Report on malaria in the Punjab during the year ...  together with an account of the work of the Punjab Malaria Bureau - Volume 5
Disease focus: Malaria
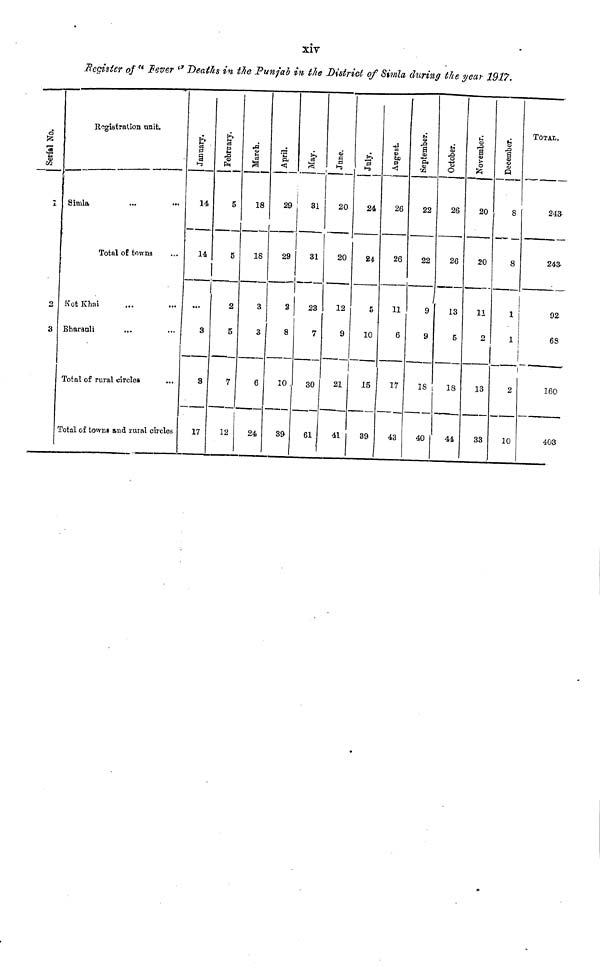
xiv
Register of " Fever " Deaths in the Punjab in the District of Simla during the year 1917.
Serial
No.
I
3.
2
S
Registration unit.
Simla
Total of towns
Kot Khai
...
Bharauli
Total of rural circles
Total of towns and rural circles
14
14
3
3
17
5
5
2
5
7
12
March.
18
18
3
3
6
24
April.
29
29
8
10
39
31
31
23
7
30
61
June.
20
20
12
9
21
41
July.
24
24
5
10
15
39
26
26
11
6
17
43
September.
22
22
9
9
18
40
October.
26
26
13
5
18
44
November.
20
20
11
2
13
33
December.
8
8
1
2
10
TOTAL.
243
243
92
68
160
403